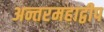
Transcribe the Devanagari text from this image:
अन्तरमहाद्वीप